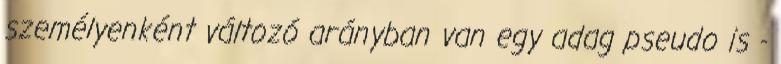
személyenként változó arányban van egy adag pseudo is -